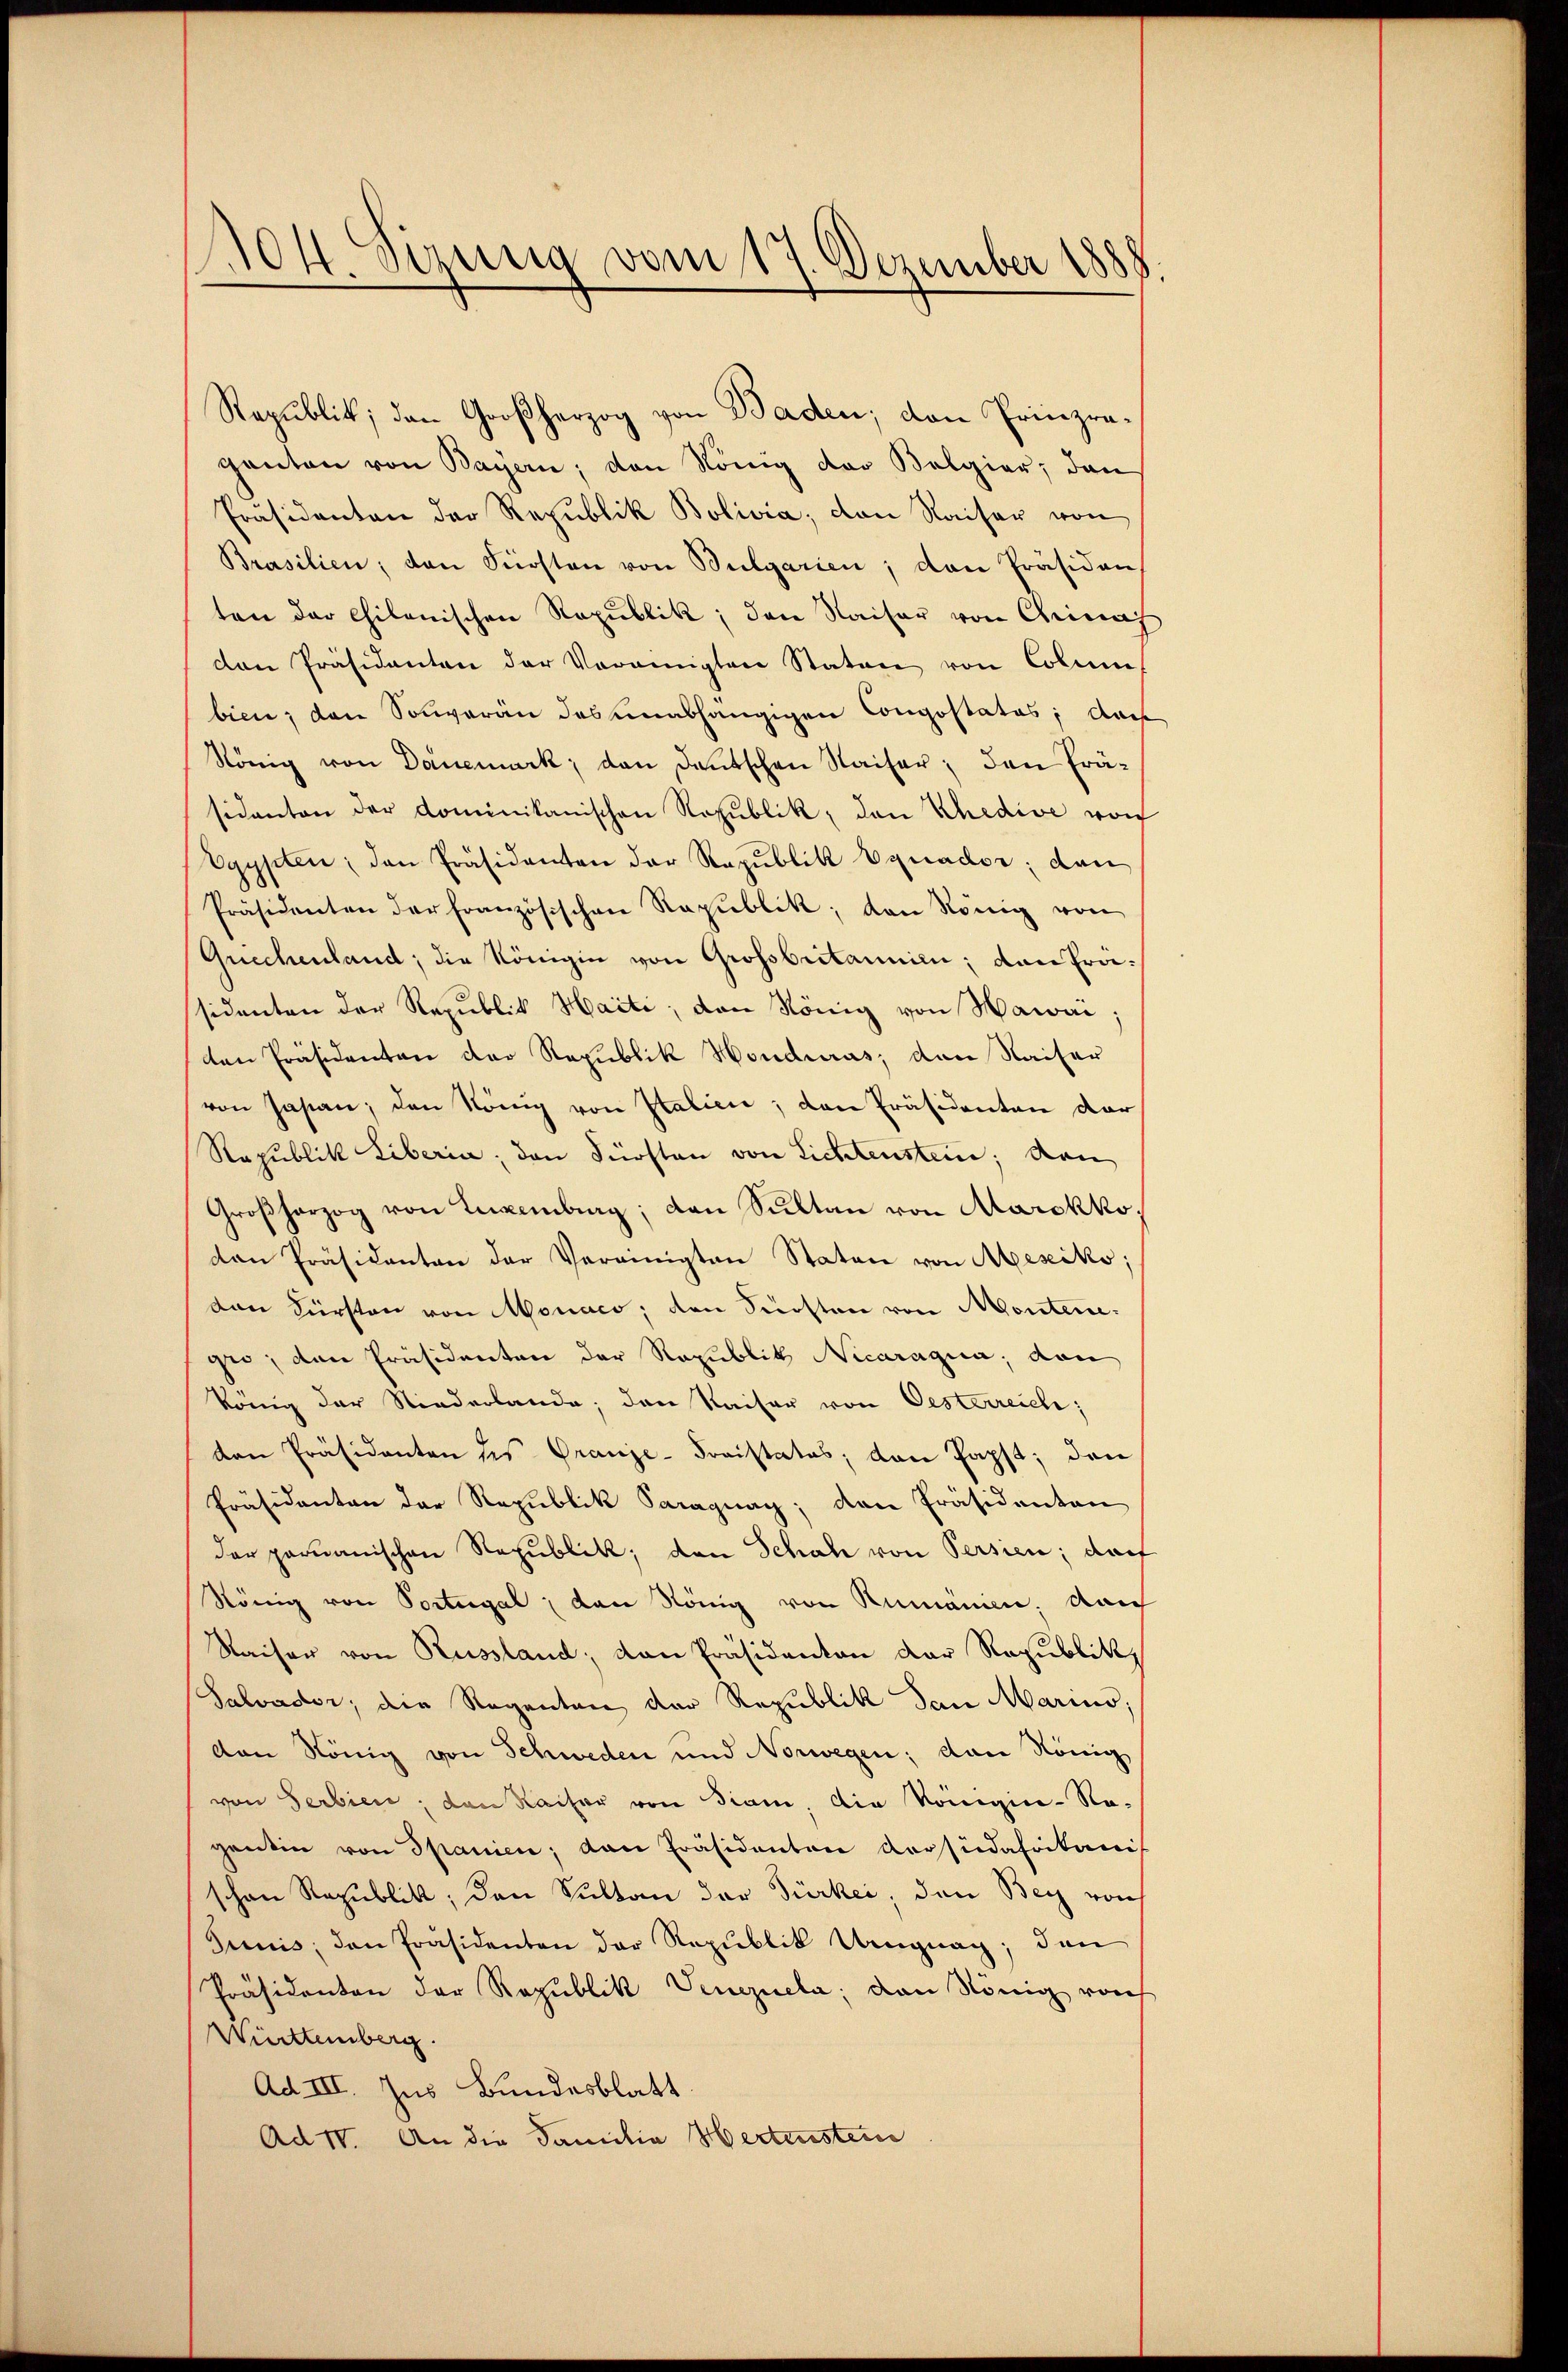
104. Sizung vom 17. Dezember 1888

panton von Bayern; den König der Belgier; dan
Präsidenten der Republik Bolivia, von Kaiser von
Brasilien; den Fürsten von Bulgarien, den Präsiden
ten der Chilonischen Republik, den Kaiser von China
den Präsidenten der Vereinigten Staten von Colus
bien; den Souveran des unabhängigen Compostatos; dah
König von Danemark, den Deutschen Kaiser, den Fräsidanten der Dominikanischen Republik, den Khedive von
Vgypten, den Präsidenten der Republik Equader; dan
Präsidenten der Französischen Rapŭblik, den König von
Grechenland, die Königin von Grossbritanien; von Frasidenten der Republik Haiti, den König von Wawaiden Präsidenten der Republik Honduras, den Kaiser
von Jasan; den König von Italien; den Präsidenten dar
Rapublik Liberia, den Fürsten von Lichtenstein; den
Großherzog von Luxenburg; den Sultan von Marokko
dan Präsidenten der Vereinigten Staten von Mesiko;
dan Fürsten von Monaco, den Sürsten von Montengro, den Präsidenten der Republik Necaragua, dann
könig der Niederlande; den Kaiser von Oesterreich;
dan Präsidenten des Granze-Freistates, von Papst; den
Präsidenten der Republik Paraguag; den Präsidenten
der permanischen Republik, den Schah von Persien; darf
König von Portugal den König von Rumänien, dach
Kaiser von Russland; von Präsidenton der Republik,
Salvader; die Regenten der Republik den Marins;
von König von Schweden und Norwegen; dann König
von Serbien, den Kaiser von Fiam, die Königine-Ro-
gentin von Spanien; dan Präsidenten Corsüdafrikanis
schon Republik, den Sultan der Türkei, den Bey von
Junis; den Präsidenten der Republik Ungnag; den
Präsidenten der Republik Venezuela, den König von
Württemberg
Ad III. Ins Bundesblatt
Ad IV. An die Familie Hertenstein

Republik, den Großherzog von Baden; von Prinzra¬